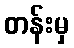
တန်းမှ